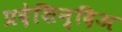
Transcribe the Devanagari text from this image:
प्रदेशिन्दिअ